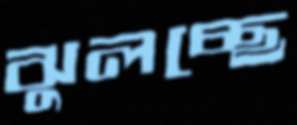
ঝুলচ্ছে